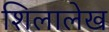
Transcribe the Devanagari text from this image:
शिलालेख